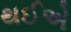
થઈએ